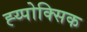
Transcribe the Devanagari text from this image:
ह्य्पोक्सिक